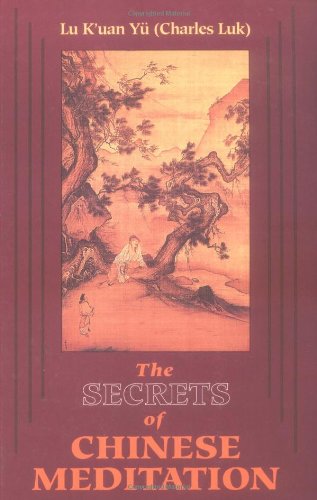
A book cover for The Secrets of Chinese Meditation: Self-Cultivation by Mind Control As Taught in the Ch'An, Mahayana and Taoist Schools in China; K'Uan Lu Yu; Religion & Spirituality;